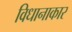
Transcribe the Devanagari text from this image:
विधानाकार